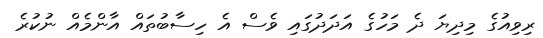
ރިވިއުގެ މިދިޔަ ދެ މަހުގެ އަދަދުގައި ވެސް އެ ހިސާބުތައް އާންމެއް ނުކުރެ